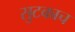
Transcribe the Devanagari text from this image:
सुटकाच